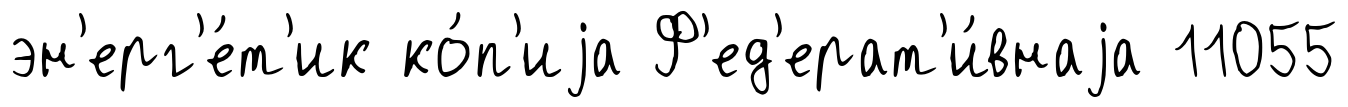
эн'ерг'е́т'ик ко́п'иjа Ф'ед'ерат'и́внаjа 11055